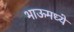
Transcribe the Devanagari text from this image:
भाऊमध्ये